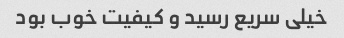
خیلی سریع رسید و کیفیت خوب بود